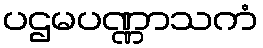
ပဌမပဏ္ဏာသကံ